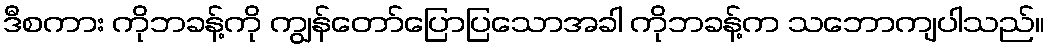
ဒီစကား ကိုဘခန့်ကို ကျွန်တော်ပြောပြသောအခါ ကိုဘခန့်က သဘောကျပါသည်။